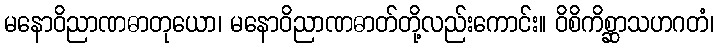
မနောဝိညာဏဓာတုယော၊ မနောဝိညာဏဓာတ်တို့လည်းကောင်း။ ဝိစိကိစ္ဆာသဟဂတံ၊